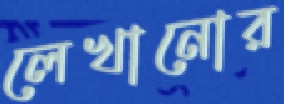
লেখানোর